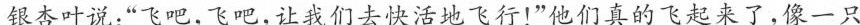
银杏叶说：”飞吧，飞吧，让我们去快活地飞行！”他们真的飞起来了，像一只